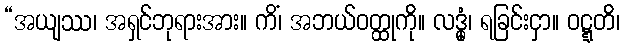
“အယျဿ၊ အရှင်ဘုရားအား။ ကိံ၊ အဘယ်ဝတ္ထုကို။ လဒ္ဓုံ၊ ရခြင်းငှာ။ ဝဋ္ဋတိ၊